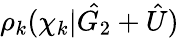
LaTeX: \rho_{k}(\chi_{k}|\hat{G_{2}}+\hat{U})